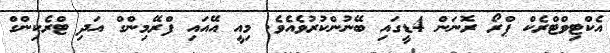
އެކްޓިވްޓްރެކް ޕްރޯ ރޮނަން 4ޑީގައި ބޭނުންކުރުވެއެވެ. މިއީ އޭއައި ފްރޭމިންގް އަދި ޓްރެކިންގް